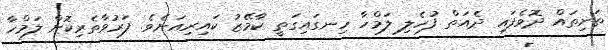
ތަށިތައް ދޮވެފައި ދެއަތް ފުހެލި ލަމްހާ ހިނގައިގަތީ ކާމޭޒު ކައިރިއަށެވެ. ފަރުވާތެރިކޮށް ލަމްހާ